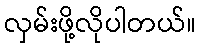
လှမ်းဖို့လိုပါတယ်။